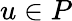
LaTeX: u\in P